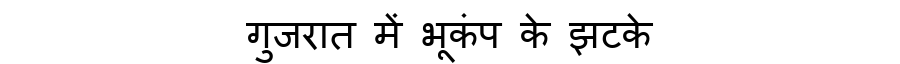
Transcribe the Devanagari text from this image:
गुजरात में भूकंप के झटके